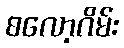
စလော့ဂိမ်း